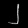
Digit: ၂